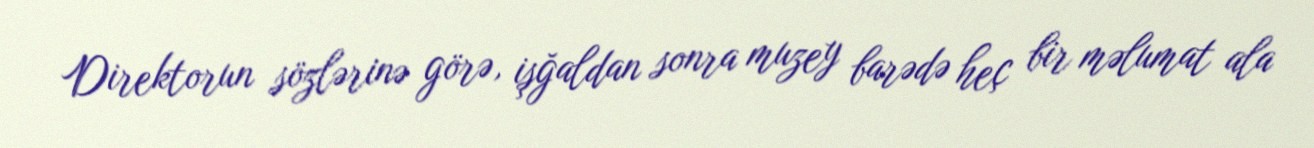
Direktorun sözlərinə görə, işğaldan sonra muzey barədə heç bir məlumat ala